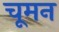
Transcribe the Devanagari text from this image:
चूमन